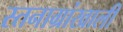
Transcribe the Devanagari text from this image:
स्तनाग्रांखाली